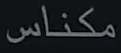
مکناس